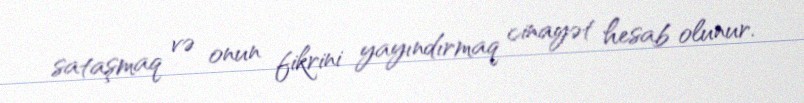
sataşmaq və onun fikrini yayındırmaq cinayət hesab olunur.